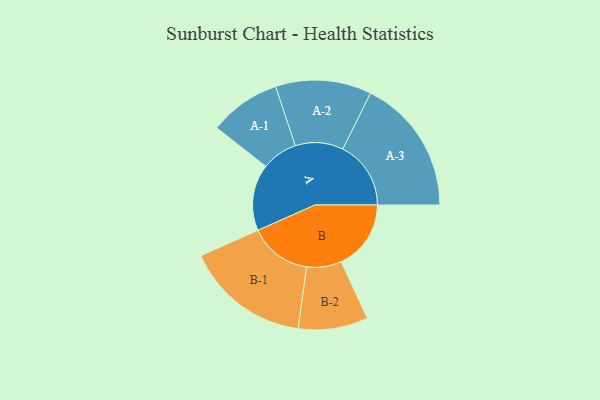
{"axis": {"x": "Segment", "y": "Value"}, "legend": ["", "A", "B"], "data": [{"x": "A", "y": 280, "type": ""}, {"x": "B", "y": 294, "type": ""}, {"x": "A-1", "y": 151, "type": "A"}, {"x": "A-2", "y": 202, "type": "A"}, {"x": "A-3", "y": 287, "type": "A"}, {"x": "B-1", "y": 263, "type": "B"}, {"x": "B-2", "y": 147, "type": "B"}]}